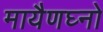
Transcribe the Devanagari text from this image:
मायैणघ्नो